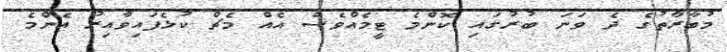
މުބާރާތުގެ ދެ ވަނަ ބުރުގައި ކޮންމެ ޓީމެއްވެސް އެއް މެޗް ކުޅެފައިވާއިރު އެންމެ